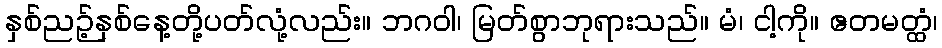
နှစ်ညဉ့်နှစ်နေ့တို့ပတ်လုံ့လည်း။ ဘဂဝါ၊ မြတ်စွာဘုရားသည်။ မံ၊ ငါ့ကို။ ဧတမတ္ထံ၊